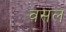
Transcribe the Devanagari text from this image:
वंसल